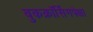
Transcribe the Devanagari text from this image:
बुकक्रॉर्सिंगपेक्षा